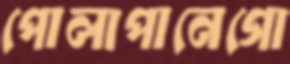
পোলাপানেগো